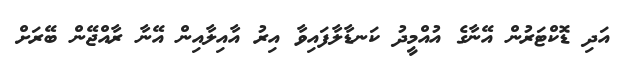
އަދި ޑޮކްޓަރުން އޭނާގެ އުއްމީދު ކަނޑާލާފައިވާ އިރު އާއިލާއިން އޭނާ ރާއްޖޭން ބޭރަށް